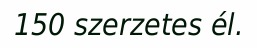
150 szerzetes él.